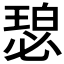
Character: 𬍾